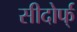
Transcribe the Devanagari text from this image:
सीदोर्फ्